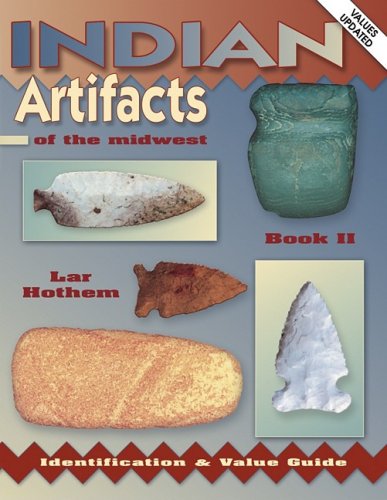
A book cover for Indian Artifacts of the Midwest; Lar Hothem; Crafts, Hobbies & Home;